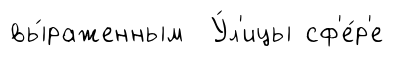
вы́раженным У́л'ицы сф'е́р'е